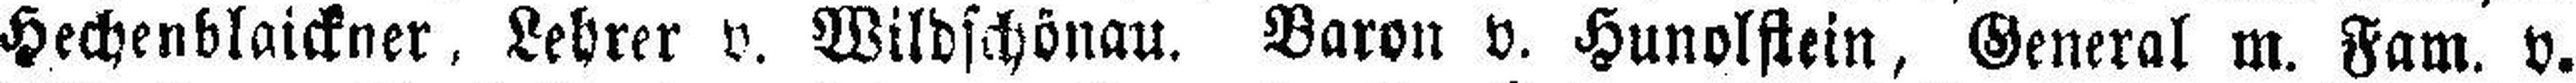
Hechenblaickner, Lehrer v. Wildschönau. Baron v. Hunolstein, General m. Fam. v.